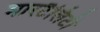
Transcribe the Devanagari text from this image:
मारटैलिटी